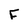
Character: F